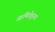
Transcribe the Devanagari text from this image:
जाणिवेतूनच